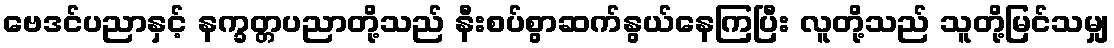
ဗေဒင်ပညာနှင့် နက္ခတ္တပညာတို့သည် နီးစပ်စွာဆက်နွယ်နေကြပြီး လူတို့သည် သူတို့မြင်သမျှ